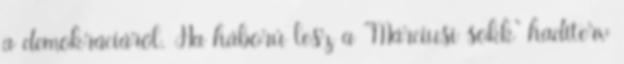
a demokráciáról. Ha háború lesz a "Márciusi sokk" haditerv